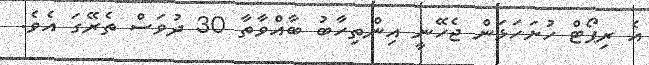
އެ ރިޕޯޓް ހުށަހަޅަން ޖެހޭނީ އިންތިހާބު ބާއްވާތާ 30 ދުވަސް ތެރޭގަ އެވެ.